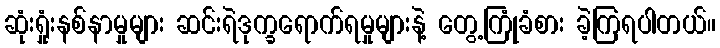
ဆုံးရှုံးနစ်နာမှုများ ဆင်းရဲဒုက္ခရောက်ရမှုများနဲ့ တွေ့ကြုံခံစား ခဲ့ကြရပါတယ်။